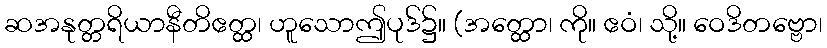
ဆအနုတ္တရိယာနီတိဧတ္ထ၊ ဟူသောဤပုဒ်၌။ (အတ္ထော၊ ကို။ ဧဝံ၊ သို့။ ဝေဒိတဗ္ဗော၊